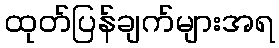
ထုတ်ပြန်ချက်များအရ